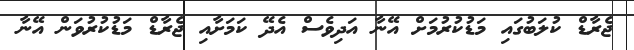
ޖެރާޑް ކުލަބުގައި މަޑުކުރުމަށް އޭނާ އަދިވެސް އެދޭ ކަމަށާއި ޖެރާޑް މަޑުކުރުވަން އޭނާ